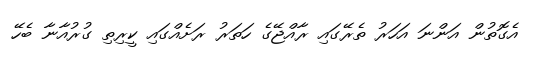
އެގޮތުން އަންނަ އަހަރު ތެރޭގައި ރާއްޖޭގެ ހަތަރު ރަށެއްގައި ކީރިތި ގުރުއާނާ ބެހޭ